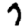
Digit: 7